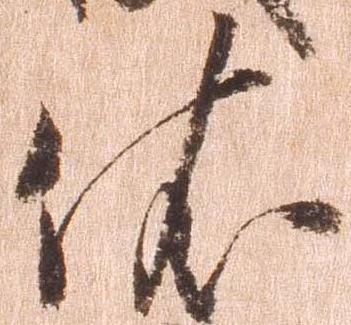
依